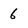
Character: 6